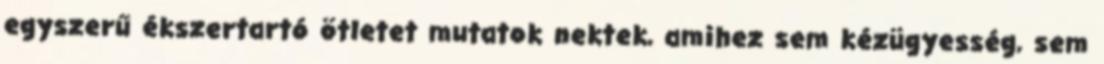
egyszerű ékszertartó ötletet mutatok nektek, amihez sem kézügyesség, sem